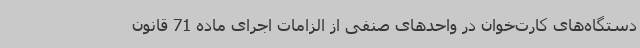
دستگاه‌های کارت‌خوان در واحدهای صنفی از الزامات اجرای ماده 71 قانون